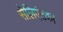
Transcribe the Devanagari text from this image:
सेलिएंटका